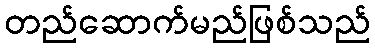
တည်ဆောက်မည်ဖြစ်သည်